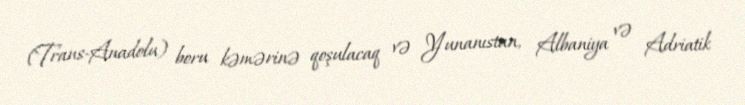
(Trans-Anadolu) boru kəmərinə qoşulacaq və Yunanıstan, Albaniya və Adriatik